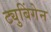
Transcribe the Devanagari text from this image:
ट्युबिंगेन